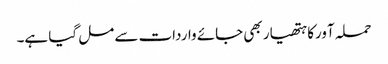
حملہ آورکا ہتھیار بھی جائے واردات سے مل گیا ہے۔